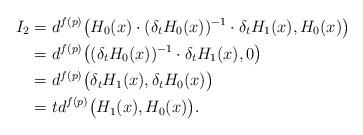
LaTeX: \begin{align*}I_2&=d^{f(p)}\big(H_0(x)\cdot(\delta_tH_0(x))^{-1}\cdot\delta_t H_1(x),H_0(x)\big)\\&=d^{f(p)}\big((\delta_{t}H_0(x))^{-1}\cdot\delta_t H_1(x),0\big)\\&=d^{f(p)}\big(\delta_t H_1(x),\delta_t H_0(x)\big)\\&=td^{f(p)}\big(H_1(x),H_0(x)\big).\end{align*}